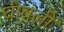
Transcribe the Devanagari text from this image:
घीवली